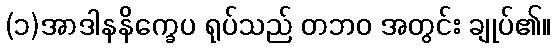
(၁)အာဒါနနိက္ခေပ ရုပ်သည် တဘဝ အတွင်း ချုပ်၏။